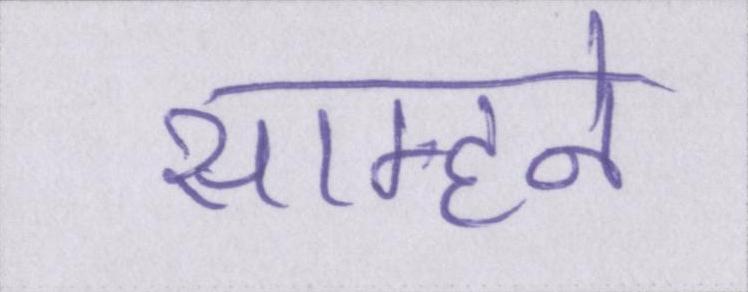
साम्हने